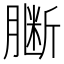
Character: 𱼗